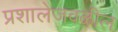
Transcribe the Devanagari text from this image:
प्रशालेजवळील